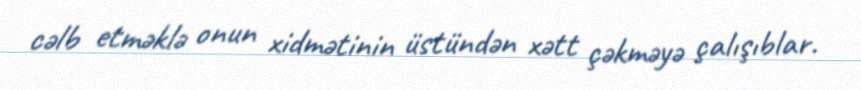
cəlb etməklə onun xidmətinin üstündən xətt çəkməyə çalışıblar.